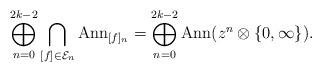
LaTeX: \begin{align*} \displaystyle\bigoplus_{n=0}^{2k-2}\bigcap_{[f]\in \mathcal{E}_n}\mathrm{Ann}_{[f]_n}=\displaystyle\bigoplus_{n=0}^{2k-2}\mathrm{Ann}(z^n \otimes\lbrace0, \infty\rbrace). \end{align*}